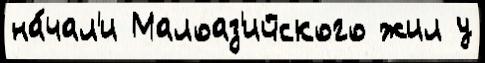
на́чал'и Малоаз'ийского жил у